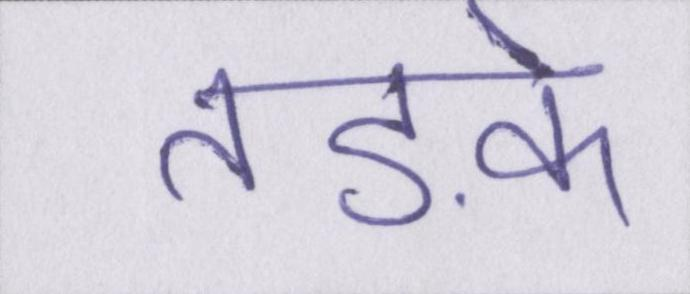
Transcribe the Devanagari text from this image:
तड़के